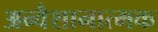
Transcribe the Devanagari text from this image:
अन्वैशानात्मक